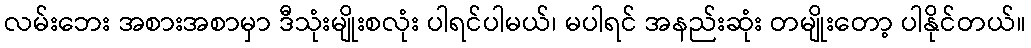
လမ်းဘေး အစားအစာမှာ ဒီသုံးမျိုးစလုံး ပါရင်ပါမယ်၊ မပါရင် အနည်းဆုံး တမျိုးတော့ ပါနိုင်တယ်။